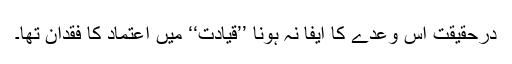
درحقیقت اس وعدے کا ایفا نہ ہونا ’’قیادت‘‘ میں اعتماد کا فقدان تھا۔